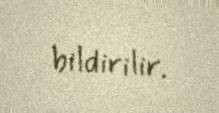
bildirilir.